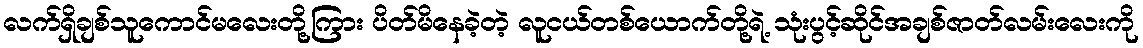
လက်ရှိချစ်သူကောင်မလေးတို့ကြား ပိတ်မိနေခဲ့တဲ့ လူငယ်တစ်ယောက်တို့ရဲ့ သုံးပွင့်ဆိုင်အချစ်ဇာတ်လမ်းလေးကို